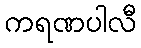
ကရဏပါလီ